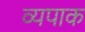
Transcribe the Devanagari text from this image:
व्यपाक